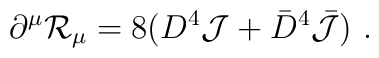
\partial^\mu {\cal R}_\mu =8 (D^4 {\cal J} + {\bar D}^4 {\bar{\cal J}})\ .